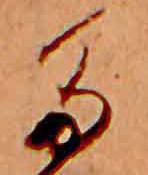
た